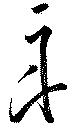
舟